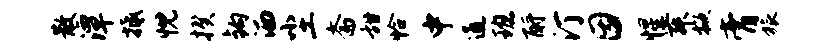
散潭抵忱揆钩洒尘斋甜恰中通班酹汀因惺舞掀膏旅